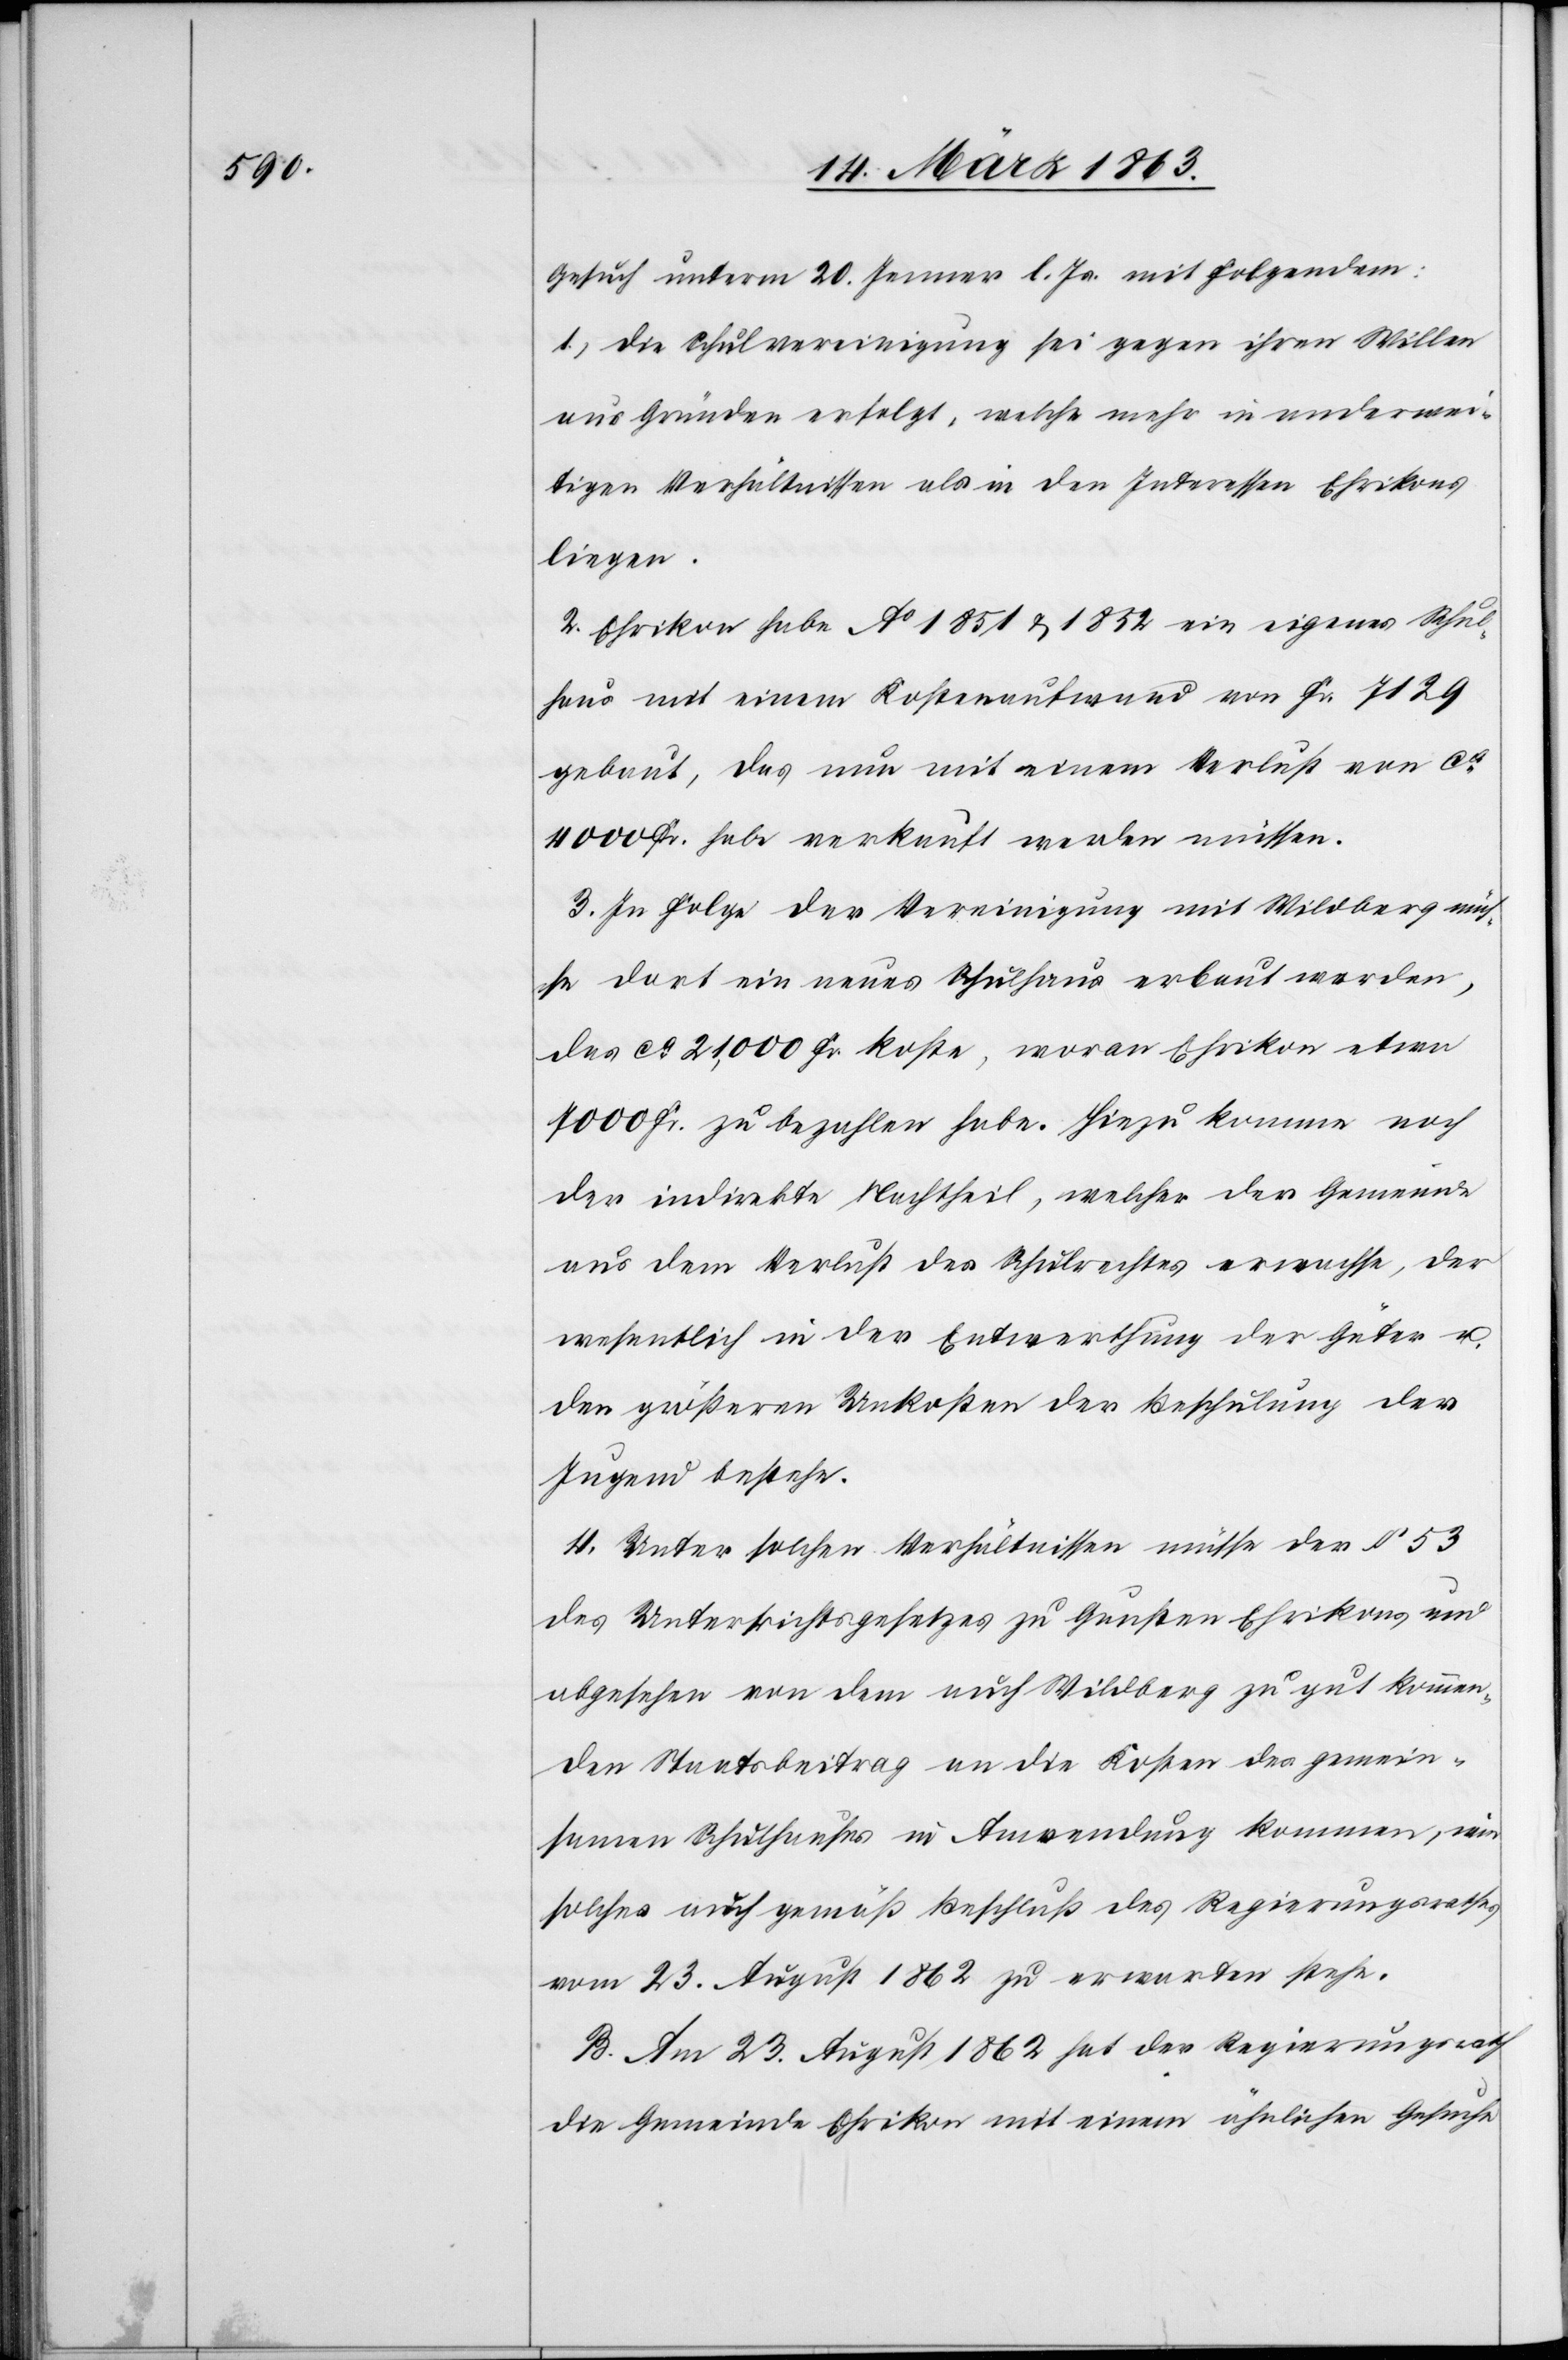
Gesuch unterm 20. Jenner l. Js. mit Folgendem:
1. die Schulvereinigung sei gegen ihren Willen
aus Gründen erfolgt, welche mehr in anderwei¬
tigen Verhältnissen als in den Interessen Ehrikons
liegen.
2. Ehrikon habe Ao 1851 & 1852 ein eigenes Schul¬
haus mit einem Kostenaufwand von Fr. 7129
gebaut, das nun mit einem Verlust von ca
4000 Fr. habe verkauft werden müssen.
3. In Folge der Vereinigung mit Wildberg müs¬
se dort ein neues Schulhaus erbaut werden,
das ca 21,000 Fr. koste, woran Ehrikon etwa
7000 Fr. zu bezahlen habe. Hiezu komme noch
der indirekte Nachtheil, welcher der Gemeinde
aus dem Verlust des Schulrechtes erwachse, der
wesentlich in der Entwerthung der Güter u.
den größeren Unkosten der Beschulung der
Jugend bestehe.
4. Unter solchen Verhältnissen müsse der § 53
des Unterrichtsgesetzes zu Gunsten Ehrikons und
abgesehen von dem auch Wildberg zu gut kommen¬
den Staatsbeitrag an die Kosten des gemein¬
samen Schulhauses in Anwendung kommen, wie
solches auch gemäß Beschluß des Regierungsrathes
vom 23. August 1862 zu erwarten stehe.
B. Am 23. August 1862 hat der Regierungsrath
die Gemeinde Ehrikon mit einem ähnlichen Gesuche